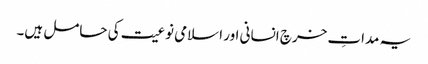
یہ مداتِ خرچ انسانی اور اسلامی نوعیت کی حامل ہیں۔